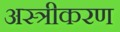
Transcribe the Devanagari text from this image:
अस्त्रीकरण